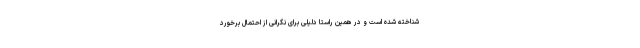
شناخته شده است و در همین راستا دلیلی برای نگرانی از احتمال برخورد